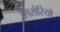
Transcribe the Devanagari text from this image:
सिसेरियो